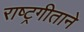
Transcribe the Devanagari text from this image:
राष्ट्रगीताने